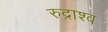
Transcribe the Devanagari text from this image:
रुद्राश्व